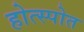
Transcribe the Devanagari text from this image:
होत्स्पोत